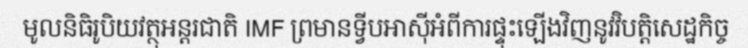
មូលនិធិរូបិយវត្ថុអន្តរជាតិ IMF ព្រមានទ្វីបអាស៊ីអំពីការផ្ទុះឡើងវិញនូវវិបត្តិសេដ្ឋកិច្ច